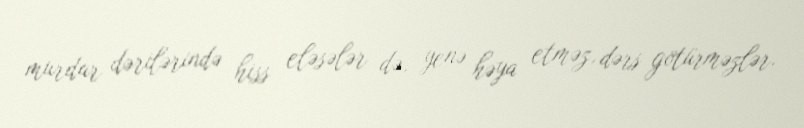
murdar dərilərində hiss eləsələr də, yenə həya etməz, dərs götürməzlər.